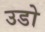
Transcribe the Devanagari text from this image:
उडो